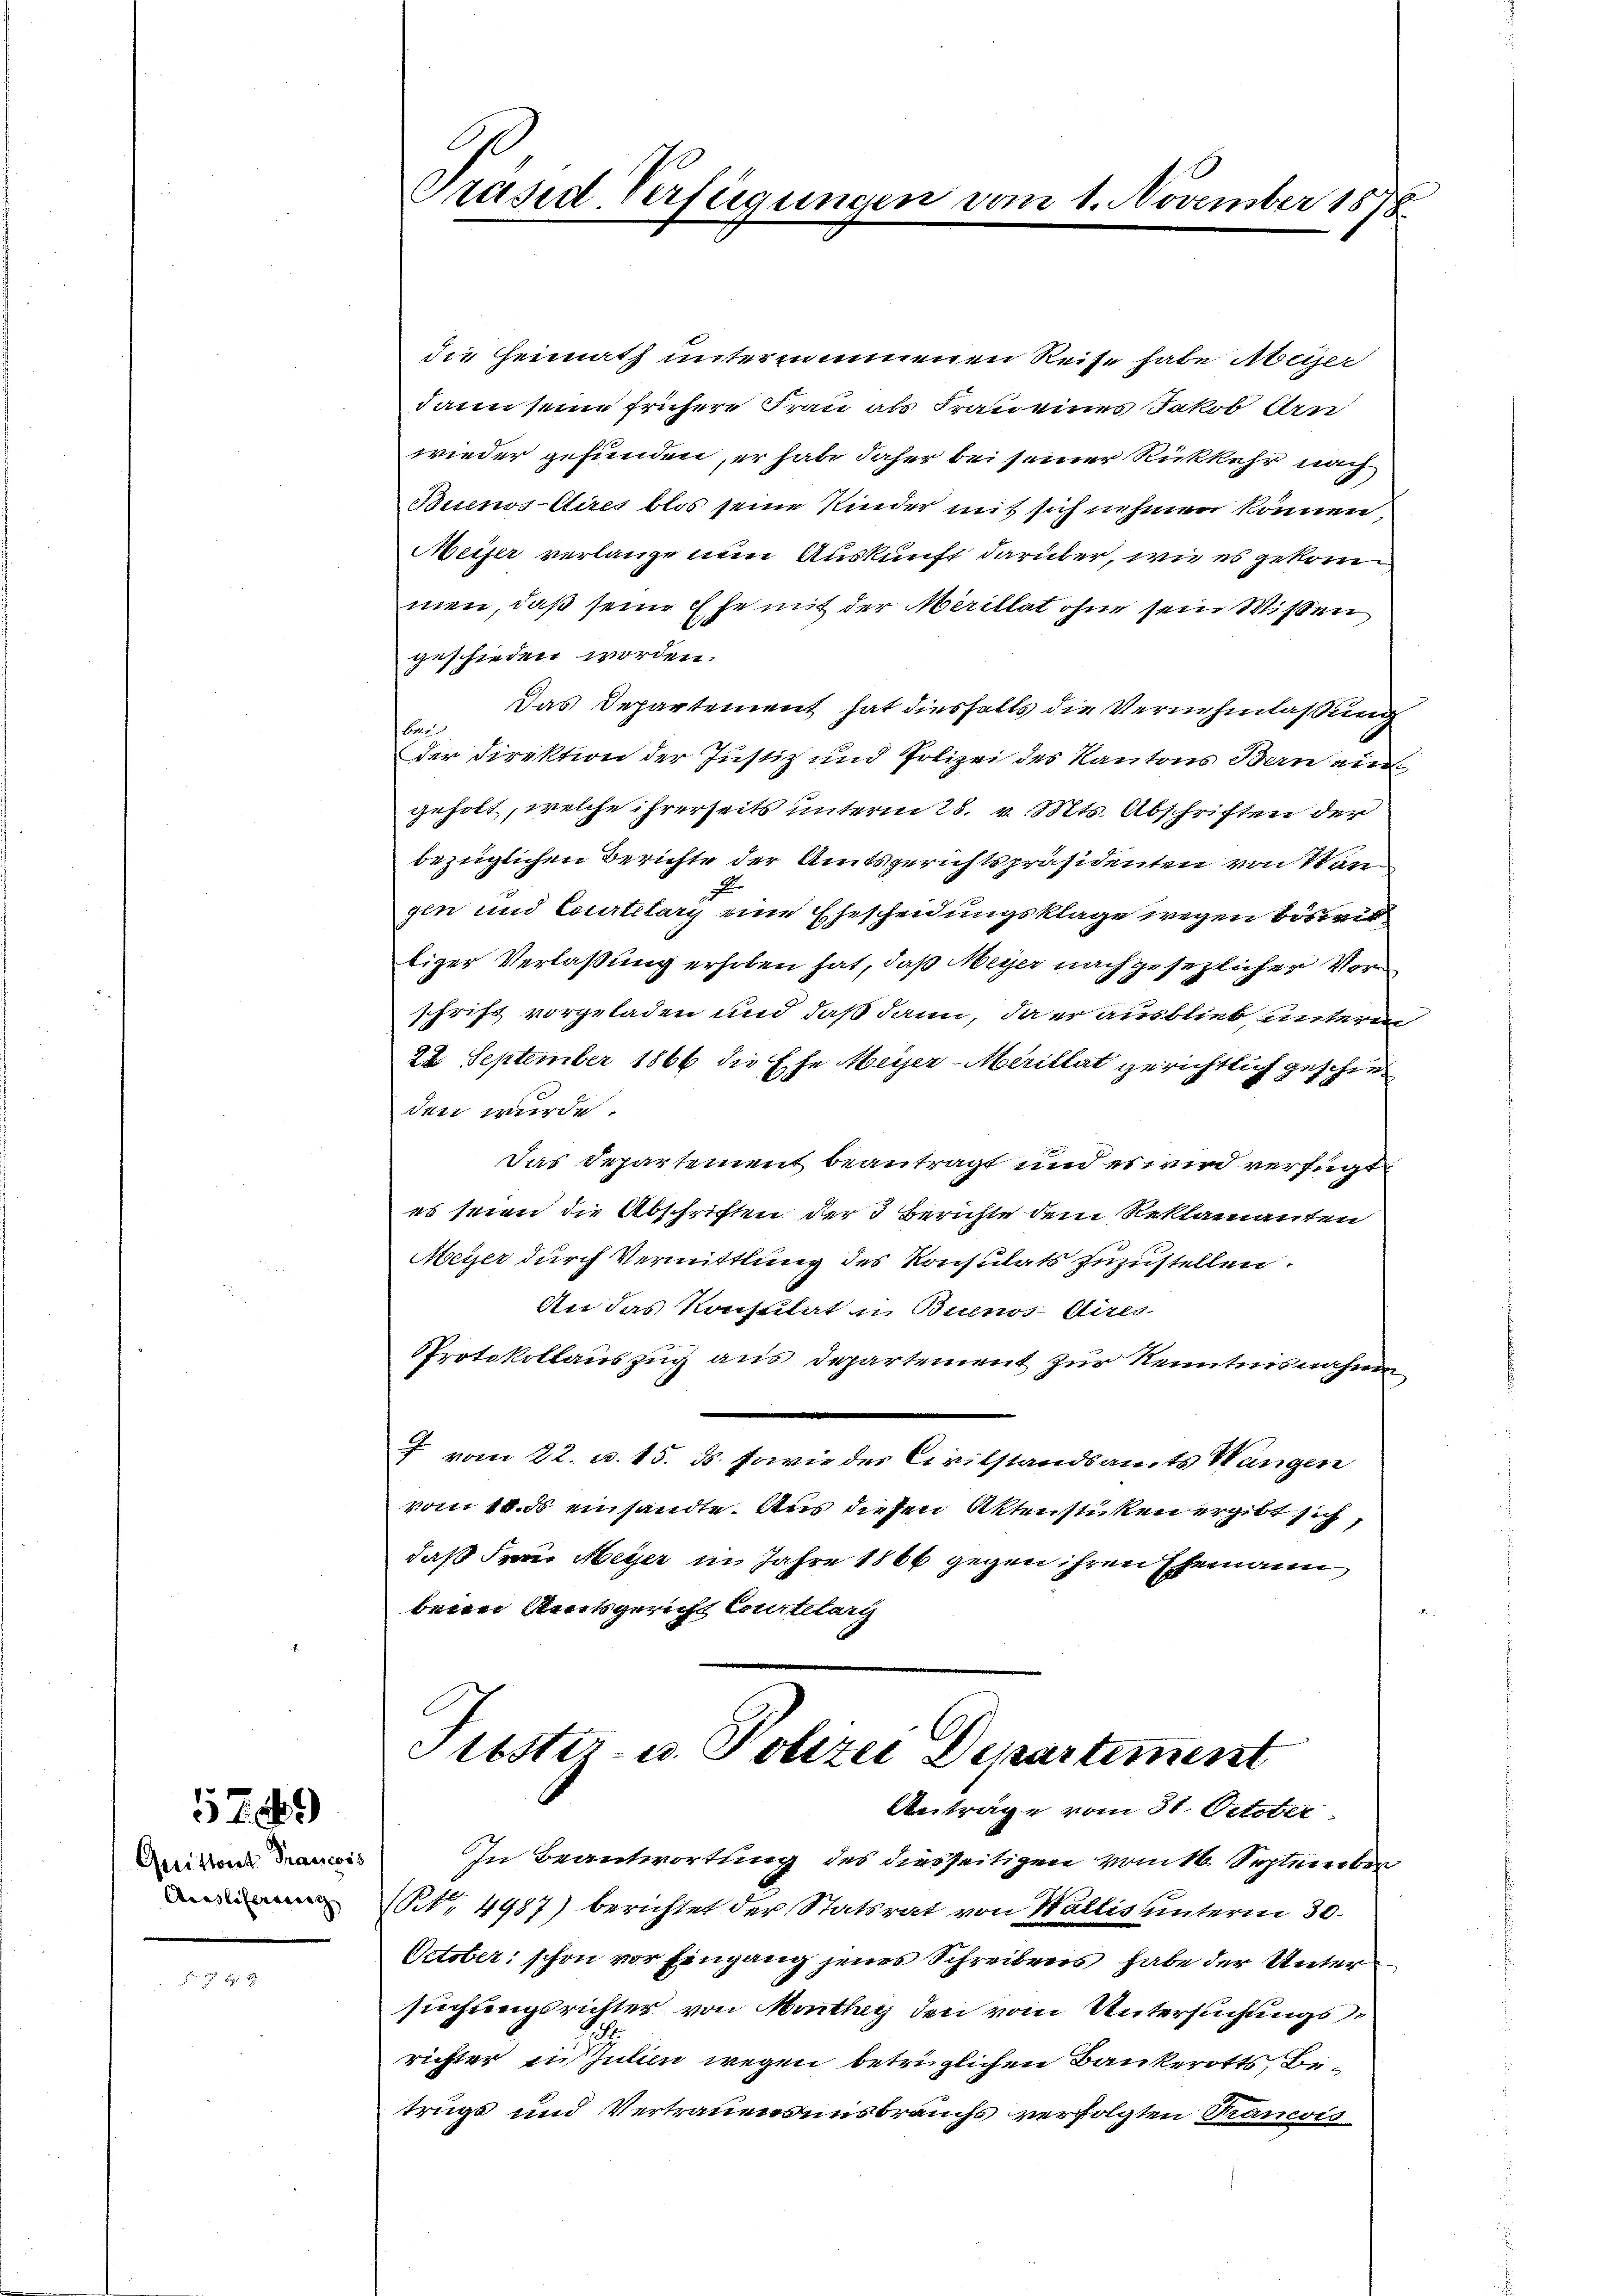
Quittort Francois
Auslieferung

5789

f 8 x

Präsid. Verfügungen vom 1. November 1878

die Heimath unternommenen Reise habe Abeyer
dann seine frühere Frau als Frau eines Jakob Arn
wieder gefunden, er habe daher bei seiner Rückkehr nach
Bisenos-Aires blos seine Kinder mit sich nehmen können,
Meiser verlange nun Auskunft darüber, wie es gekommen, daß seine Ehe mit der Merillat ohne sein Wißen
geschieden worden.
Das Departement hat diesfalls die Vernehmlassung
ber
der Direktion der Justiz und Polizei des Kantons Bern ein
geholt, welche ihrerseits unterm 28. v. Mts. Abschriften der
bezüglichen Berichte der Amtsgerichtspräsidenten von Van
x
gen und Courtelary eine Ehescheidungsklage wegen beseit
tiger Verlaßung erhoben hat, daß Meyer nach gesezlicher Vorschrift vorgeladen und daß dann, da er ausblieb, unterm
24. September 1866 die Ehe Meyer-Marillat gerichtlich geschieden wurde.
Das Departement beantragt und es wird verfügt
es seien die Abschriften der 3 Berichte dem Reklamanten
Meyer durch Vermittlung des Konsulats zuzustellen.
An das Konsulat u. Buenos-Aires.
PProtokollauszug aus Departement zur Kenntnisnahme,
f vom 22. u. 15. ds. sowie des Civilstandsamts Wangen
vom 18. ds einsandte. Aus diesen Aktenstücken ergibt sich,
daß Frau Meyer in Jahre 1866 gegen, ihren Ehemann
bern Amtsgericht Courtelarg

Stester- u. Polizei Departiment
Antrage vom 31. October

In Beantwortung des diesseitigen vom 16. September
(Nr. 4487) berichtet der Statsrat von Wallis unterm 30.
October: schon vor Eingang jenes Schreibens habe der Untersuchungsrichter von Marthey den vom Untersuchungsrichter in Julien wegen betrüglichen Bankerotts, Betrugs und Vertrauensensbrauchs verfolgten Rancis